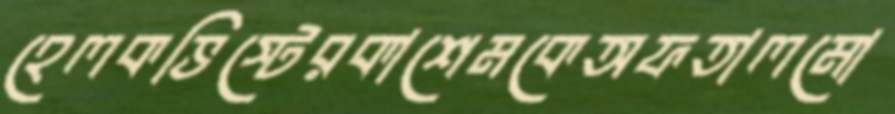
হেলকভিস্টেরকাশেমকেঅফতালমো